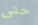
حتى